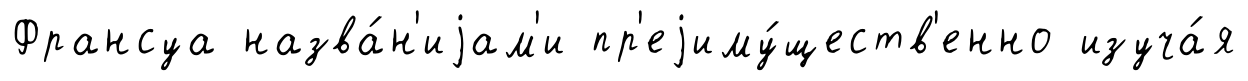
Франсуа назва́н'иjам'и пр'еjиму́ществ'енно изуча́я